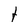
Character: t